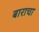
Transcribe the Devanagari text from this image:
बाराचा